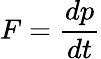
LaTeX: F={\frac{dp}{dt}}